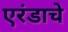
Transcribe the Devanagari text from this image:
एरंडाचे